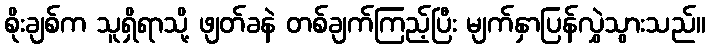
စိုးချစ်က သူရှိရာသို့ ဖျတ်ခနဲ တစ်ချက်ကြည့်ပြီး မျက်နှာပြန်လွှဲသွားသည်။